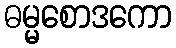
ဓမ္မစောဒကော